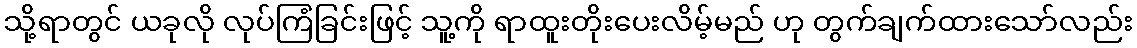
သို့ရာတွင် ယခုလို လုပ်ကြံခြင်းဖြင့် သူ့ကို ရာထူးတိုးပေးလိမ့်မည် ဟု တွက်ချက်ထားသော်လည်း